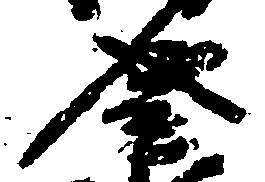
盛